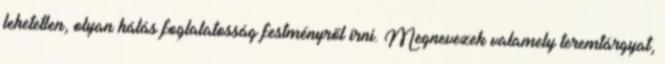
lehetetlen, olyan hálás foglalatosság festményről írni. Megnevezek valamely teremtárgyat,